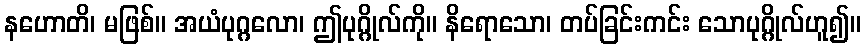
နဟောတိ၊ မဖြစ်။ အယံပုဂ္ဂလော၊ ဤပုဂ္ဂိုလ်ကို။ နိရောသော၊ တပ်ခြင်းကင်း သောပုဂ္ဂိုလ်ဟူ၍။